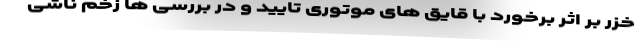
خزر بر اثر برخورد با قایق های موتوری تایید و در بررسی ها زخم ناشی